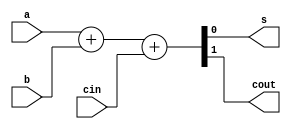
`timescale 1ns / 1ps
//////////////////////////////////////////////////////////////////////////////////
// Company:
// Engineer:
//
// Design Name:
// Module Name: full_adder
// Project Name:
// Target Devices:
// Tool Versions:
// Description:
//
// Dependencies:
//
// Revision:
// Revision 0.01 - File Created
// Additional Comments:
//
//////////////////////////////////////////////////////////////////////////////////


module full_adder(input a,
                  b,
                  cin,
                  output s,
                  cout);
    assign {cout,s} = a+b+cin;
endmodule